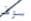
سوف